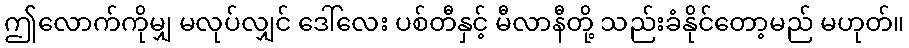
ဤလောက်ကိုမျှ မလုပ်လျှင် ဒေါ်လေး ပစ်တီနှင့် မီလာနီတို့ သည်းခံနိုင်တော့မည် မဟုတ်။